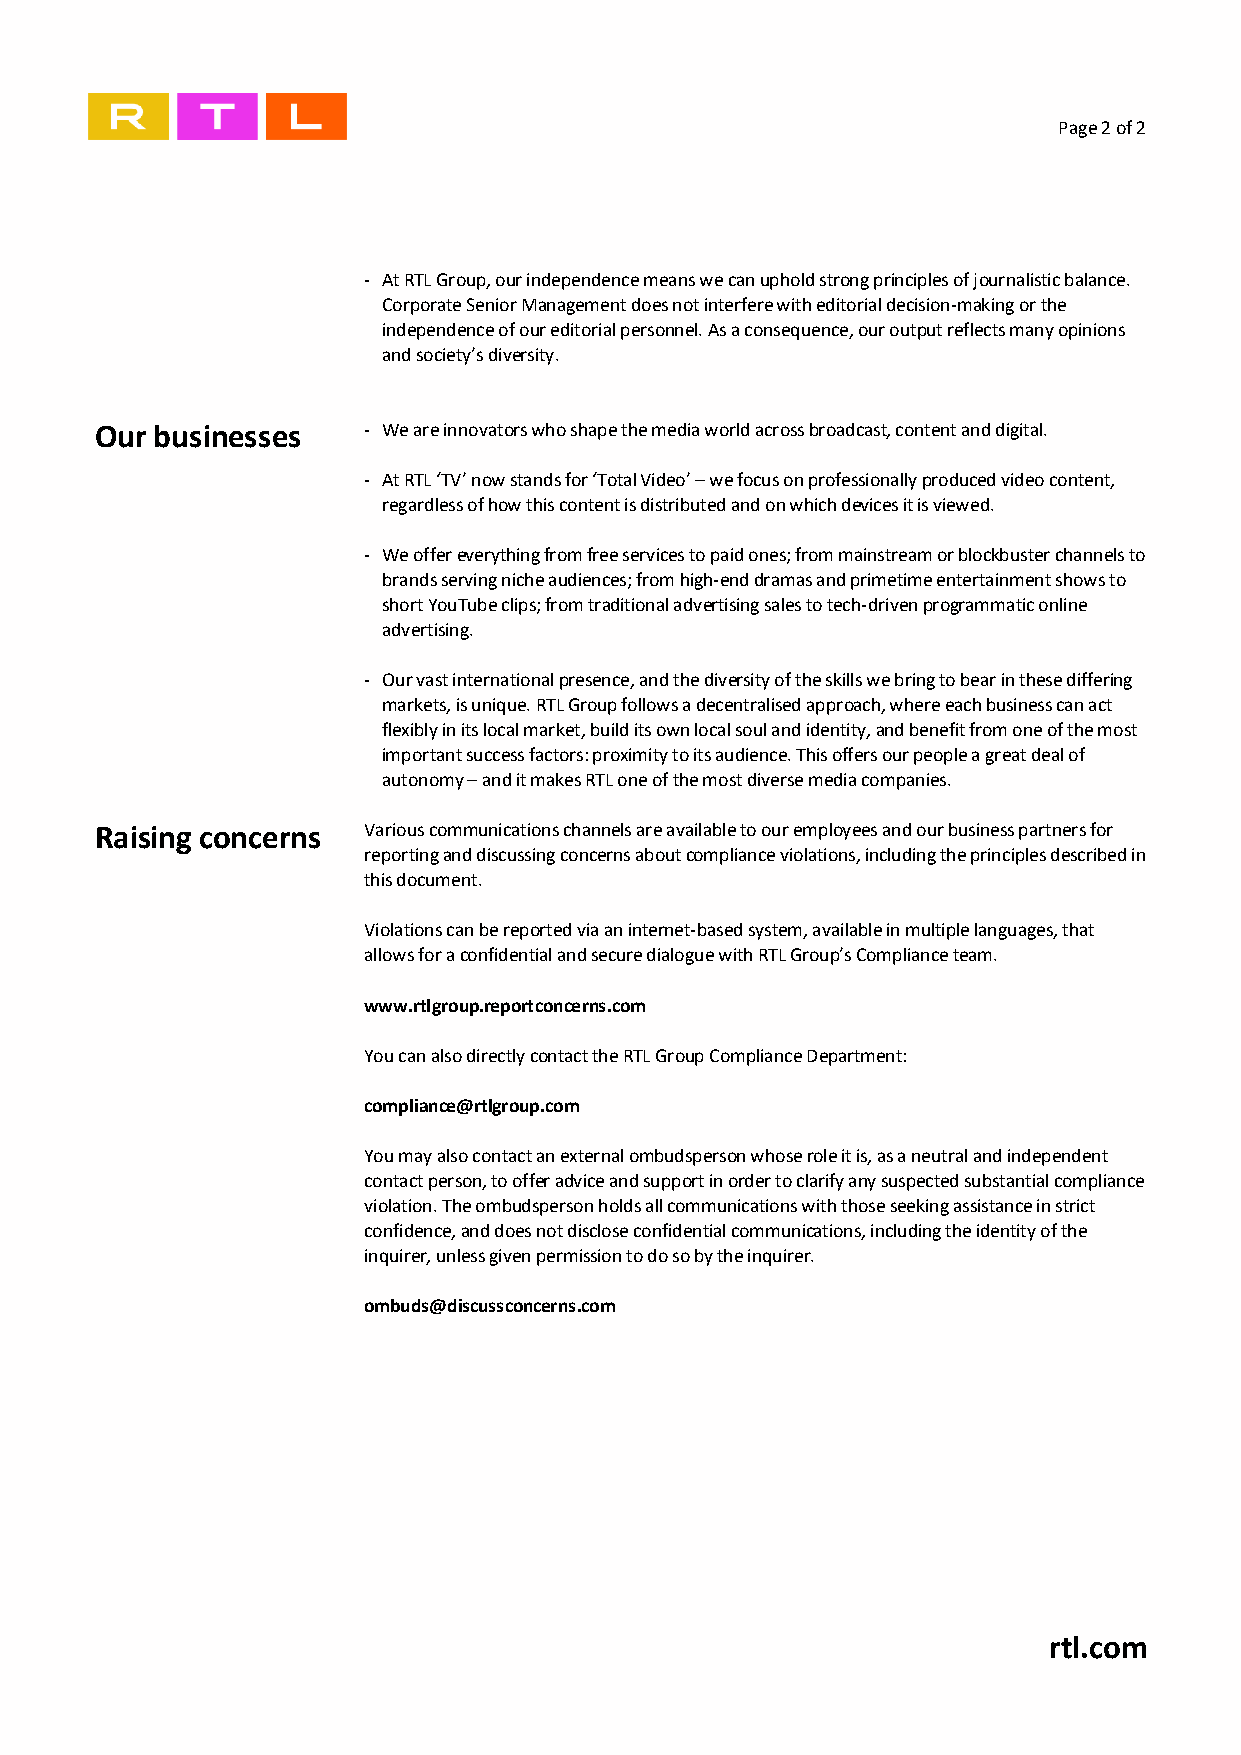
Page 2 of 2
 At RTL Group, our independence means we can uphold strong principles of journalistic balance.
 Corporate Senior Management does not interfere with editorial decision-making or the
 independence of our editorial personnel. As a consequence, our output reflects many opinions
 and society’s diversity.
 Our businesses     We are innovators who shape the media world across broadcast, content and digital.
 At RTL ‘TV’ now stands for ‘Total Video’ – we focus on professionally produced video content,
 regardless of how this content is distributed and on which devices it is viewed.
 We offer everything from free services to paid ones; from mainstream or blockbuster channels to
 brands serving niche audiences; from high-end dramas and primetime entertainment shows to
 short YouTube clips; from traditional advertising sales to tech-driven programmatic online
 advertising.
 Our vast international presence, and the diversity of the skills we bring to bear in these differing
 markets, is unique. RTL Group follows a decentralised approach, where each business can act
 flexibly in its local market, build its own local soul and identity, and benefit from one of the most
 important success factors: proximity to its audience. This offers our people a great deal of
 autonomy – and it makes RTL one of the most diverse media companies.
 Raising concerns  Various communications channels are available to our employees and our business partners for
 reporting and discussing concerns about compliance violations, including the principles described in
 this document.
 Violations can be reported via an internet-based system, available in multiple languages, that
 allows for a confidential and secure dialogue with RTL Group’s Compliance team.
 www.rtlgroup.reportconcerns.com
 You can also directly contact the RTL Group Compliance Department:
 compliance@rtlgroup.com
 You may also contact an external ombudsperson whose role it is, as a neutral and independent
 contact person, to offer advice and support in order to clarify any suspected substantial compliance
 violation. The ombudsperson holds all communications with those seeking assistance in strict
 confidence, and does not disclose confidential communications, including the identity of the
 inquirer, unless given permission to do so by the inquirer.
 ombuds@discussconcerns.com
 rtl.com